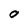
Character: O